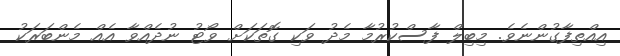
އިއްތިފާގުންނެވެ. މިބިލް ފާސްކުރުމާ މެދު ވަކި ގޮތަކަށް ވޯޓު ނުދެއްވާ އެއް މެންބަރަކު